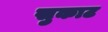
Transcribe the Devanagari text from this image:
सुकाट